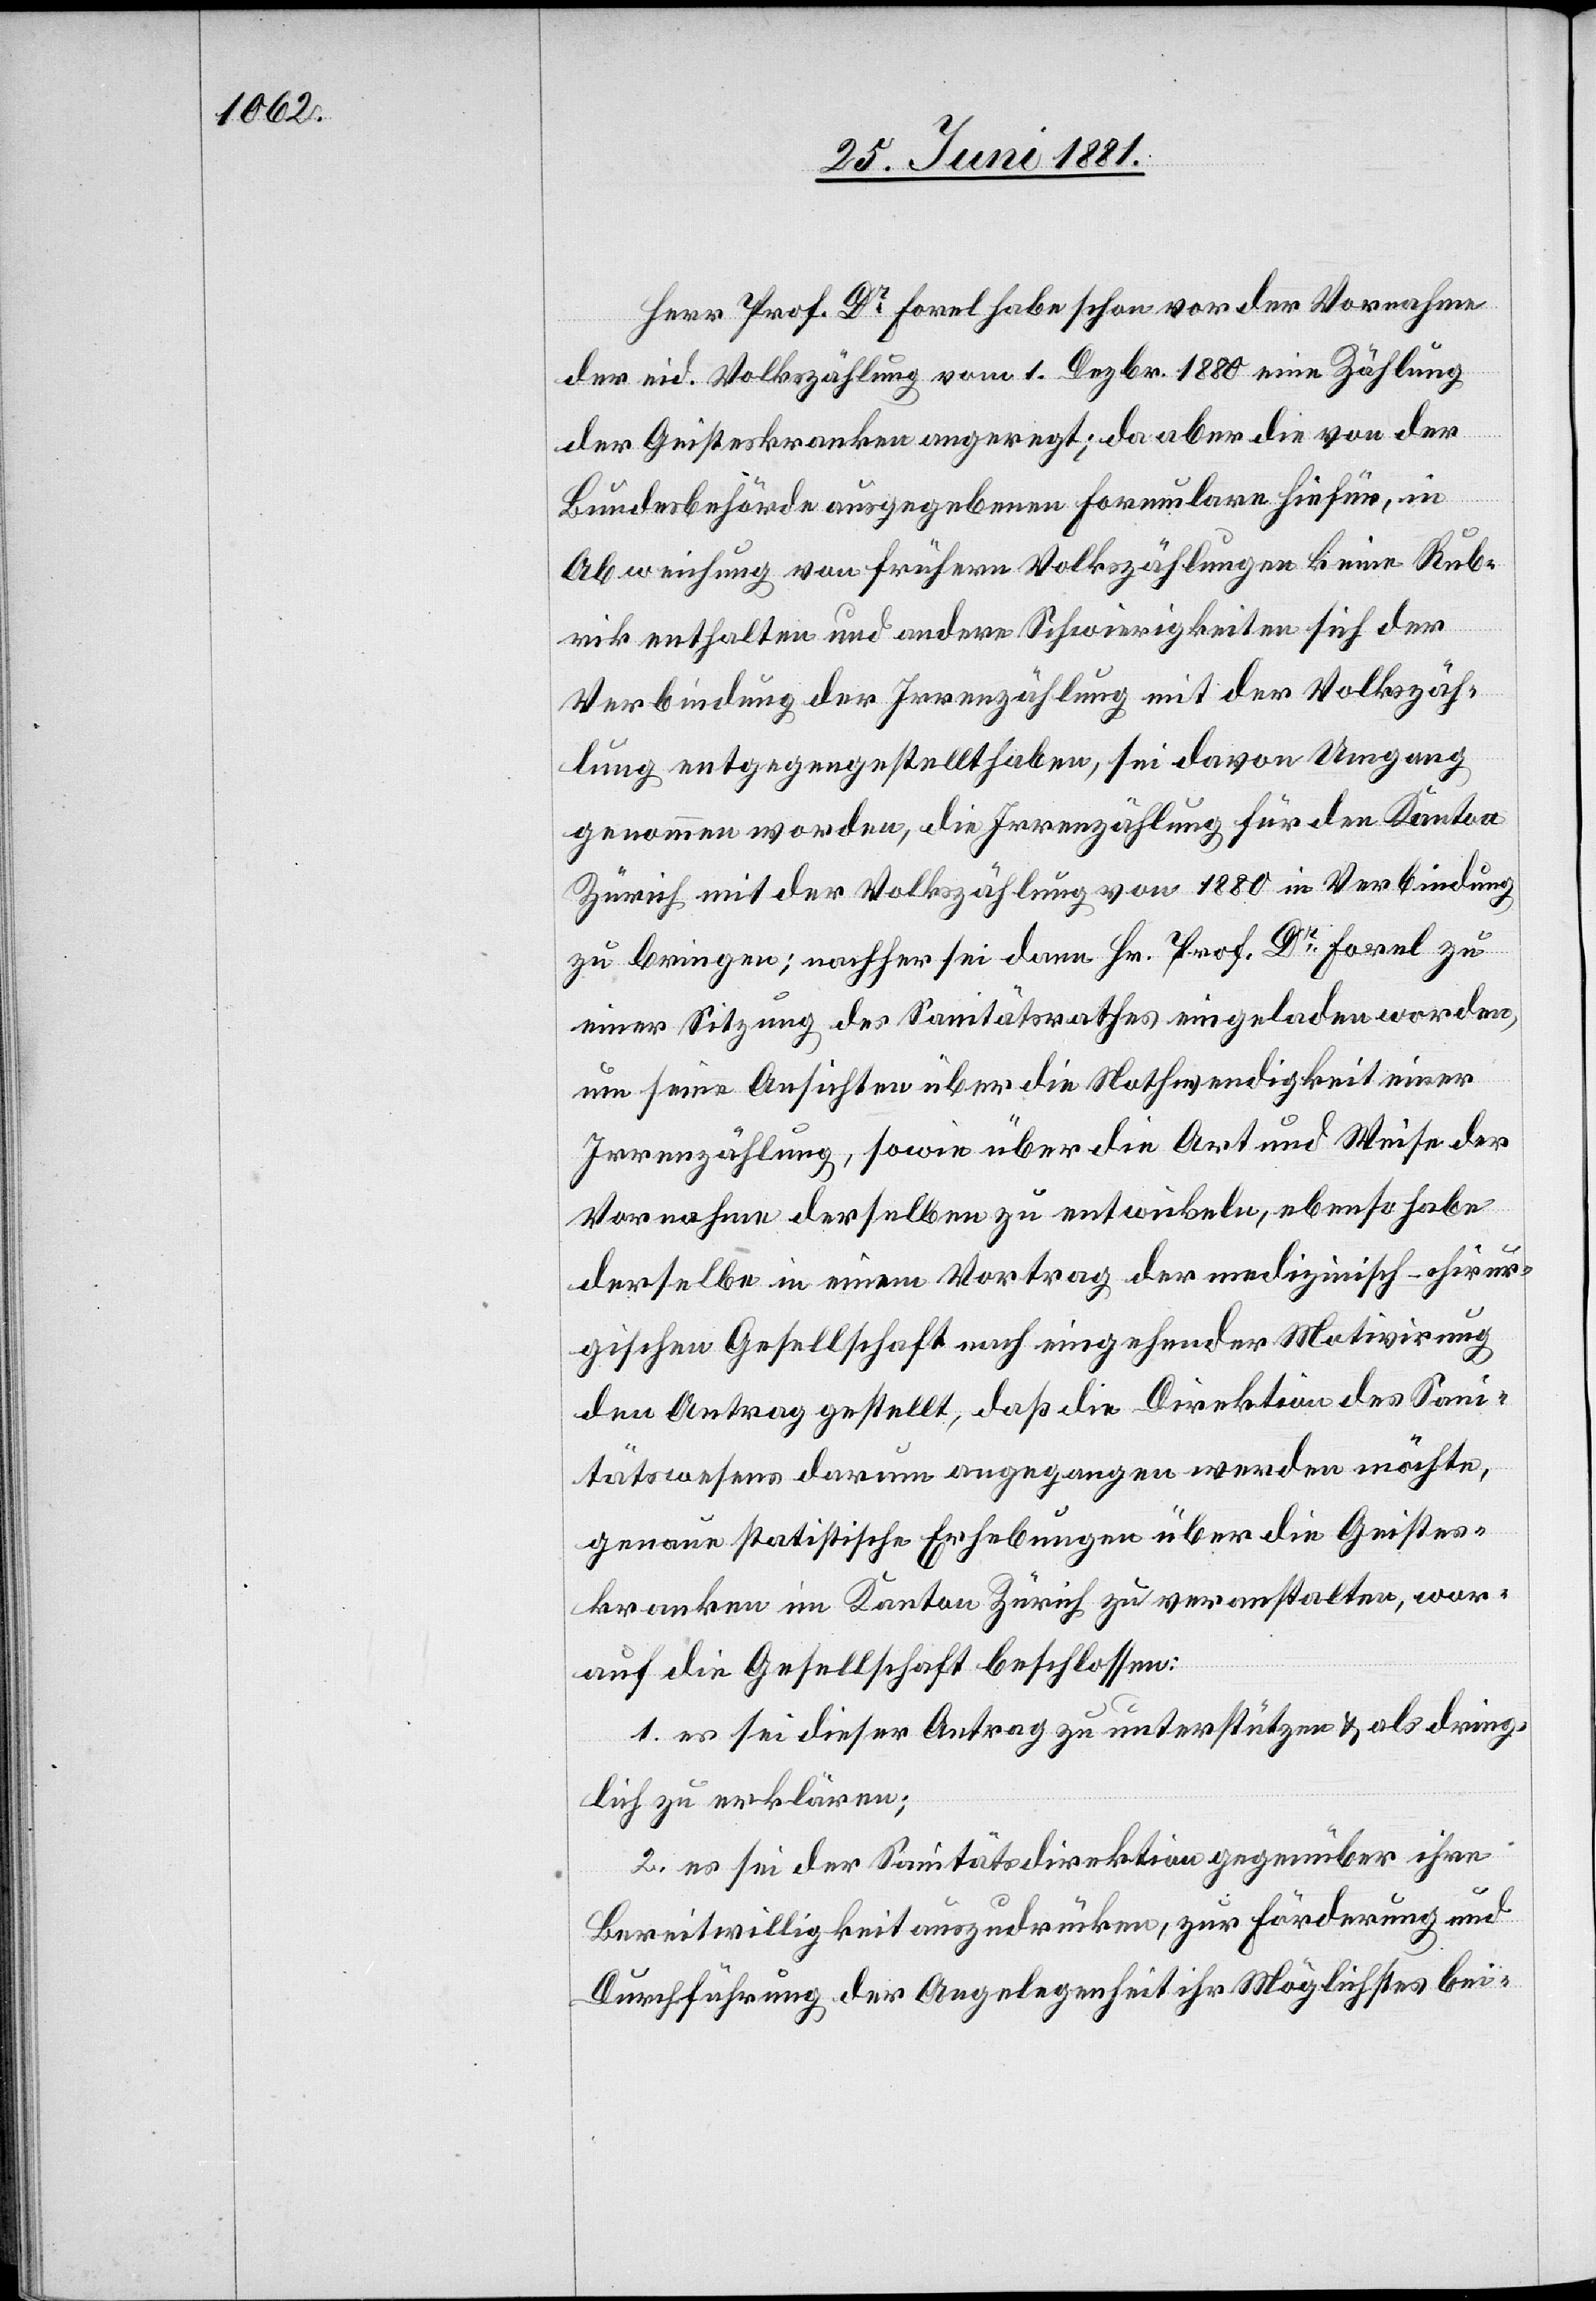
Herr Prof. Dr Forel habe schon vor der Vornahme
der eid. Volkszählung vom 1. Dezbr. 1880 eine Zählung
der Geisteskranken angeregt; da aber die von der
Bundesbehörde ausgegebenen Formulare hiefür, in
Abweichung von frühern Volkszählungen keine Rub¬
rik enthalten und andere Schwierigkeiten sich der
Verbindung der Irrenzählung mit der Volkszäh¬
lung entgegengestellt haben, sei davon Umgang
genommen worden, die Irrenzählung für den Kanton
Zürich mit der Volkszählung von 1880 in Verbindung
zu bringen; nachher sei dann Hr. Prof. Dr Forel zu
einer Sitzung des Sanitätsrathes eingeladen worden,
um seine Ansichten über die Nothwendigkeit einer
Irrenzählung, sowie über die Art und Weise der
Vornahme derselben zu entwickeln, ebenso habe
derselbe in einem Vortrag der medizinisch-chirur¬
gischen Gesellschaft nach eingehender Motivirung
den Antrag gestellt, daß die Direktion des Sani¬
tätswesens darum angegangen werden möchte,
genaue statistische Erhebungen über die Geistes¬
kranken im Kanton Zürich zu veranstalten, wor¬
auf die Gesellschaft beschlossen:
1. es sei dieser Antrag zu unterstützen & als dring¬
lich zu erklären;
2. es sei der Sanitätsdirektion gegenüber ihre
Bereitwilligkeit auszudrücken, zur Förderung und
Durchführung der Angelegenheit ihr Möglichstes bei-